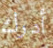
أدرك